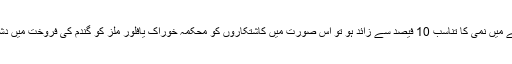
انہوں نے کہاکہ اگر گندم کے دانے میں نمی کا تناسب 10 فیصد سے زائد ہو تو اس صورت میں کاشتکاروں کو محکمہ خوراک یافلور ملز کو گندم کی فروخت میں دشواریوں کاسامنا کرنا پڑ سکتاہے ۔